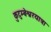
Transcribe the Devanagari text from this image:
कुटुम्बेश्वरयात्रा